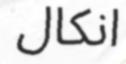
انكال